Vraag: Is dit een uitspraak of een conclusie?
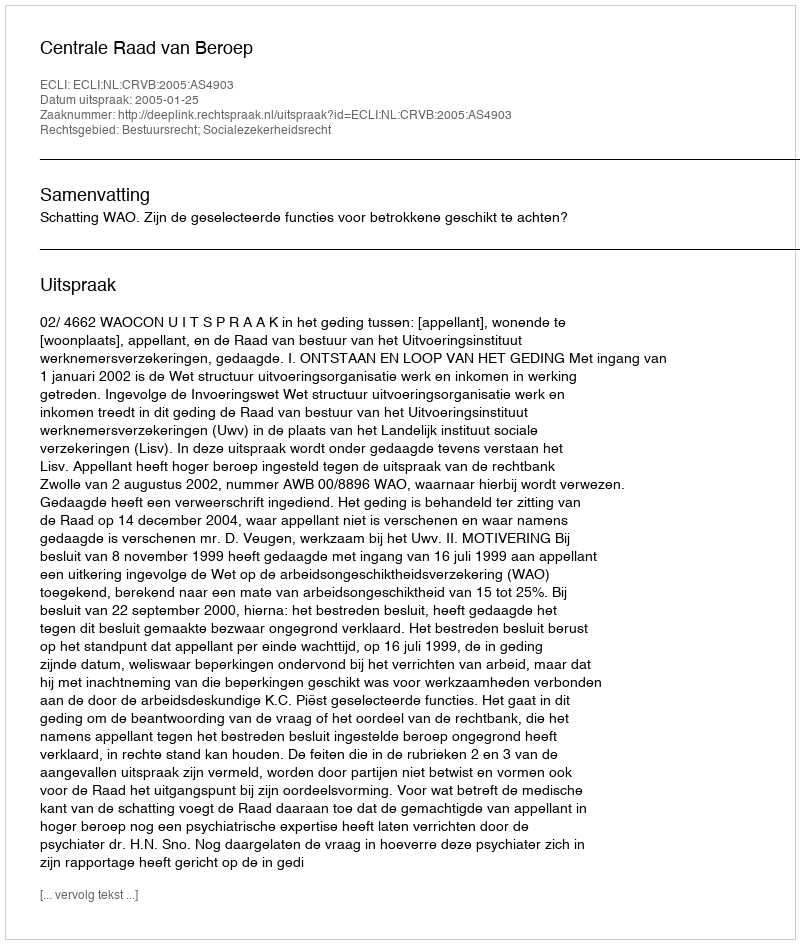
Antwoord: Uitspraak